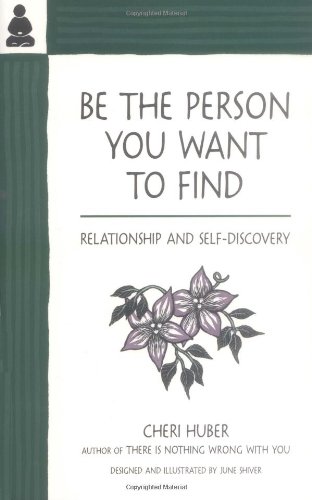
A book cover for Be the Person You Want to Find: Relationship and Self-Discovery; Cheri Huber; Religion & Spirituality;